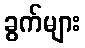
ခွက်များ